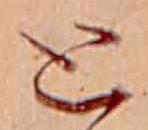
と